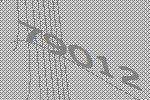
79012